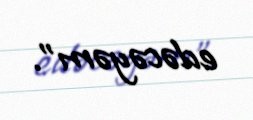
edəcəyəm”.